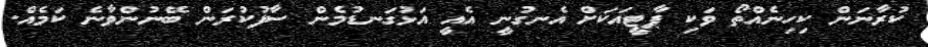
ކުރާނަން ކިހިނެއްތޯ ވަކި ޕާޓީއަކަށް އެނގުނީ އެއީ އަޅުގަނޑުމެން ސާފުކުރަން ބޭނުންވާނެ ކަމެއް.